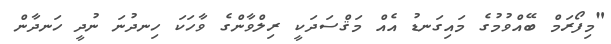
"މިފޯރަމް ބޭއްވުމުގެ މައިގަނޑު އެއް މަޤްސަދަކީ ރިލްވާންގެ ވާހަކަ ހިނދުނަ ނުދީ ހަނދާން